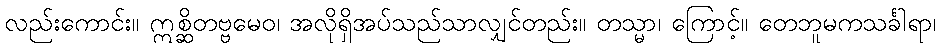
လည်းကောင်း။ ဣစ္ဆိတဗ္ဗမေဝ၊ အလိုရှိအပ်သည်သာလျှင်တည်း။ တသ္မာ၊ ကြောင့်။ တေဘူမကသင်္ခါရာ၊